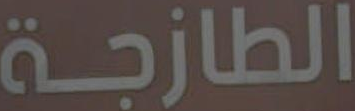
الطازجة